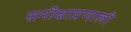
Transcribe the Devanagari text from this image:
समीक्षाप्रणाली